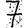
Digit: 7